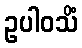
ဥပါဝသိံ